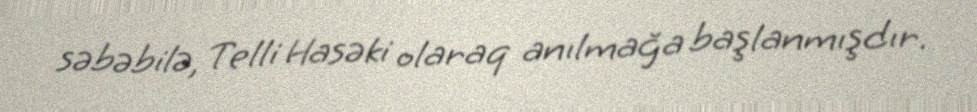
səbəbilə, Telli Hasəki olaraq anılmağa başlanmışdır.